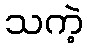
သကဲ့